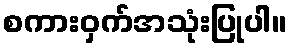
စကားဝှက်အသုံးပြုပါ။